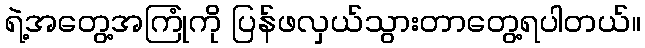
ရဲ့အတွေ့အကြုံကို ပြန်ဖလှယ်သွားတာတွေ့ရပါတယ်။